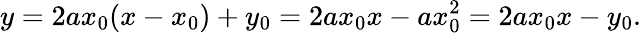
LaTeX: y=2ax_{0}(x-x_{0})+y_{0}=2ax_{0}x-ax_{0}^{2}=2ax_{0}x-y_{0}.